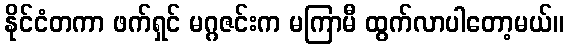
နိုင်ငံတကာ ဖက်ရှင် မဂ္ဂဇင်းက မကြာမီ ထွက်လာပါတော့မယ်။